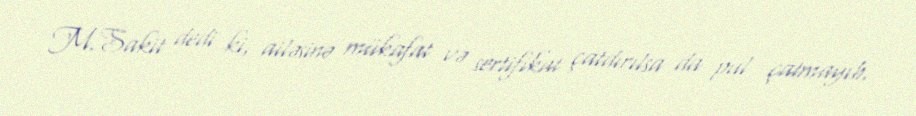
M.Sakit dedi ki, ailəsinə mükafat və sertifikat çatdırılsa da pul çatmayıb.